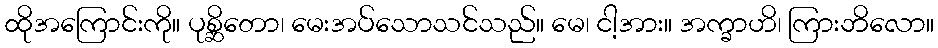
ထိုအကြောင်းကို။ ပုစ္ဆိတော၊ မေးအပ်သောသင်သည်။ မေ၊ ငါ့အား။ အက္ခာဟိ၊ ကြားဘိလော။